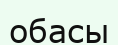
обасы